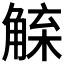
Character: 𧤇